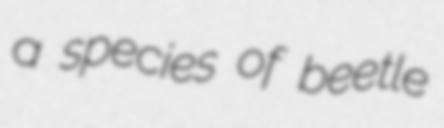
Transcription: a species of beetle